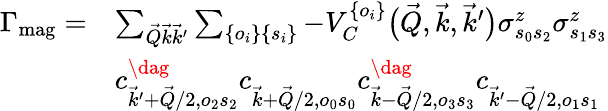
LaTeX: \begin{array}{rl}{\Gamma_{\mathrm{mag}}=}&{\sum_{\vec{Q}\vec{k}\vec{k}^{\prime}}\sum_{\{ o_{i}\} \{ s_{i}\} }-V_{C}^{\{ o_{i}\} }\big(\vec{Q},\vec{k},\vec{k}^{\prime}\big)\sigma_{s_{0}s_{2}}^{z}\sigma_{s_{1}s_{3}}^{z}}\\ &{c_{\vec{k}^{\prime}+\vec{Q}/2,o_{2}s_{2}}^{\dag}c_{\vec{k}+\vec{Q}/2,o_{0}s_{0}}^{\vphantom{\dag}}c_{\vec{k}-\vec{Q}/2,o_{3}s_{3}}^{\dag}c_{\vec{k}^{\prime}-\vec{Q}/2,o_{1}s_{1}}^{\vphantom{\dag}}}\end{array}